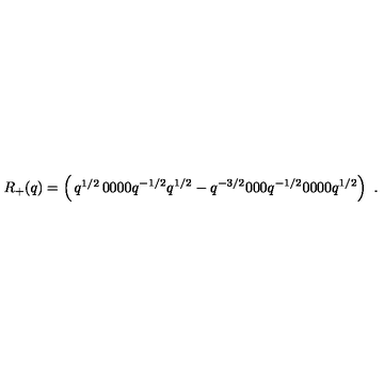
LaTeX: R _ { + } ( q ) = \left( \begin{matrix} { q ^ { 1 / 2 } } & { 0 } & { 0 } & { 0 } \\ { 0 } & { q ^ { - 1 / 2 } } & { q ^ { 1 / 2 } - q ^ { - 3 / 2 } } & { 0 } \\ { 0 } & { 0 } & { q ^ { - 1 / 2 } } & { 0 } \\ { 0 } & { 0 } & { 0 } & { q ^ { 1 / 2 } } \\ \end{matrix} \right) \ .